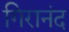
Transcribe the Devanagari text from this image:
गिरानंद